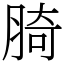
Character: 䐀